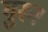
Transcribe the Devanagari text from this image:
गुरु।